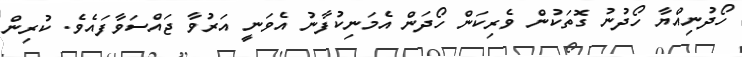
ހޯދުނިއްޔާ ހޯދުނު ގޮތަކުން ވެރިކަން ހޯދަން އެމަނިކުފާނު އެވަނީ އަރުވާ ޖައްސަވާފައެވެ. ކުރިން